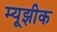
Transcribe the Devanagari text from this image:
म्यूझीक